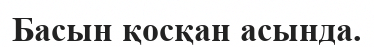
Басын қосқан асында.